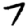
Digit: 7